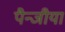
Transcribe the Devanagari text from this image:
पैन्जीया